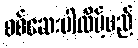
စစ်ဆေးပါလိမ့်မည်